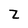
Character: Z